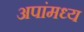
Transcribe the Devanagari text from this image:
अपांमध्य